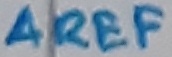
Text: AREF